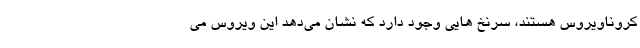
کروناویروس هستند، سرنخ هایی وجود دارد که نشان می‌دهد این ویروس می